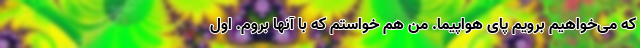
که می‌خواهیم برویم پای هواپیما. من هم خواستم که با آنها بروم. اول